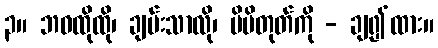
၃။ ဘဝထိုထို၊ ချမ်းသာလို၊ မိမိတုတ်ကို - ချ၍ထား။